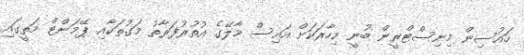
ހައުސިން މިނިސްޓްރީން ބުނީ މިހާރަކަށް އައިސް މާލޭގެ އުތުރުފަރާތު މަގުތަކާއި ޕޭމަންޓް މަތީގައި